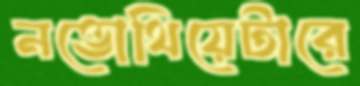
নভোথিয়েটারে